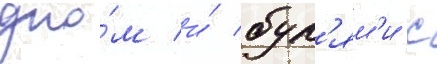
дно́м и́ бул'ям'и с